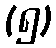
(၅)